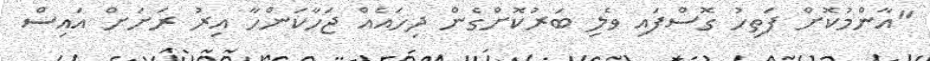
"އާންމުކޮށް ފަތިހު ގޮސްފައި ވެލި ބަރުކޮށްގެން ދިހައެއް ޖަހާކަންހާ އިރު ރަށަށް އައިސް